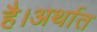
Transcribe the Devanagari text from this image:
है।अर्थात